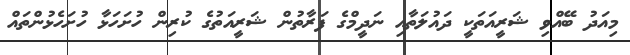
މިއަދު ބޭއްވި ޝަރީއަތަކީ ދައުލަތާއި ނަދީމްގެ ފަރާތުން ޝަރީއަތުގެ ކުރިން ހުށަހަޅާ ހުށަހެޅުންތައް